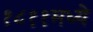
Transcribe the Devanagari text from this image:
१८११मध्ये